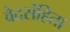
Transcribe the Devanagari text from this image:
वेदसंहिता